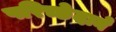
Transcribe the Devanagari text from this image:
परिच्छेदाने